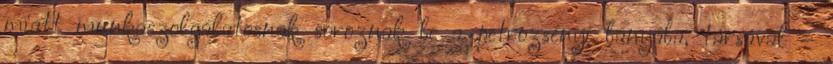
miatt munkaszolgálatosnak soroznak be a petrozsényi bányába, társával –